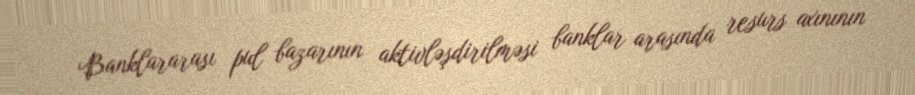
Banklararası pul bazarının aktivləşdirilməsi banklar arasında resurs axınının